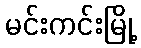
မင်းကင်းမြို့